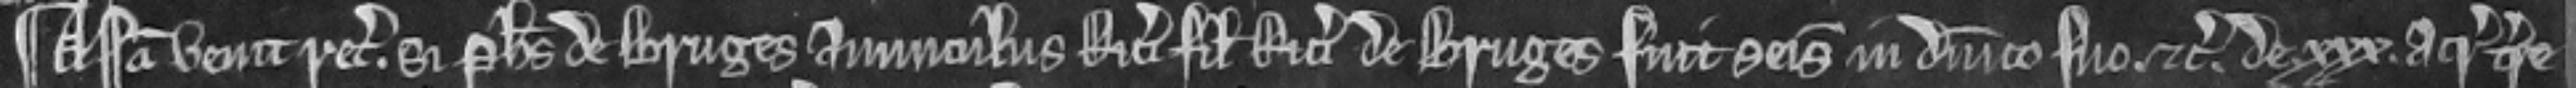
¶ Assisa venit recognitura si Philippus de Bruges avunculus Ricardi filli Ricardi de Bruges fuit seisitus in dominico suo etc. de xxx acris terre